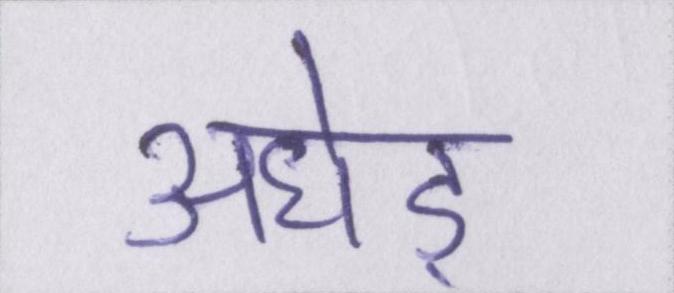
अधेड़